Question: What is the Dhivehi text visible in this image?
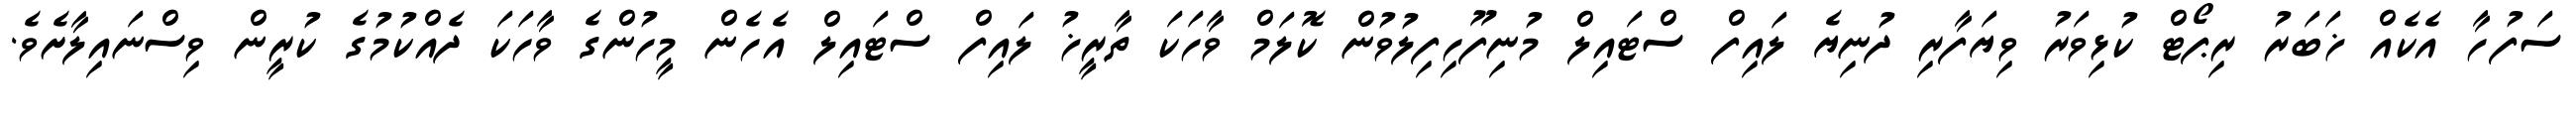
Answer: ސަފުހާ އެކެއް ޚަބަރު ރިޕޯޓް ކުޅިވަރު ވިޔަފާރި ދުނިޔެ ލައިފް ސްޓައިލް މުނިފޫހިފިލުވުން ކޮލަމް ވާހަކަ ތާރީޚު ލައިފް ސްޓައިލް އެހެން މީހުންގެ ވާހަކަ ދެއްކުމުގެ ކުރީން ވިސްނައިލާށެވެ.